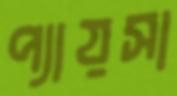
প্যায়সা